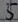
Text: 5